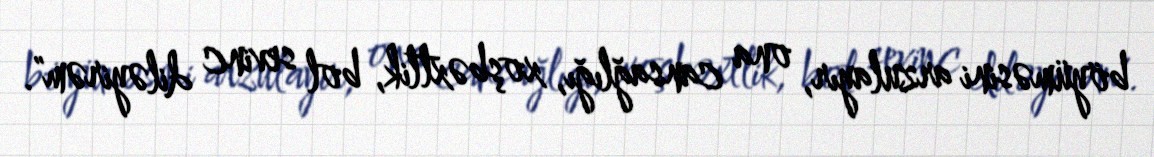
böyüməsini arzulayır, ona cansağlığı, xoşbəxtlik, bol sevinc diləyirəm".